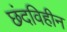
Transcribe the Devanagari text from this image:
छंदविहीन